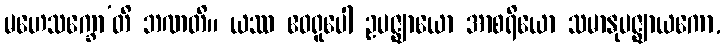
မဟေသက္ခော’တိ ဘဏတိ။ ယဿ ဧဝရူပေါ ဥပဇ္ဈာယော အာစရိယော သမာနုပဇ္ဈာယကော,